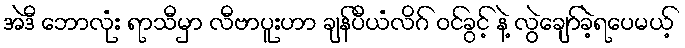
အဲဒီ ဘောလုံး ရာသီမှာ လီဗာပူးဟာ ချန်ပီယံလိဂ် ဝင်ခွင့် နဲ့ လွဲချော်ခဲ့ရပေမယ့်